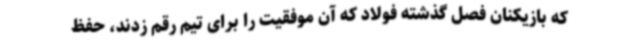
که بازیکنان فصل گذشته فولاد که آن موفقیت را برای تیم رقم زدند، حفظ